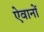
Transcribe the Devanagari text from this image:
ऐवानों